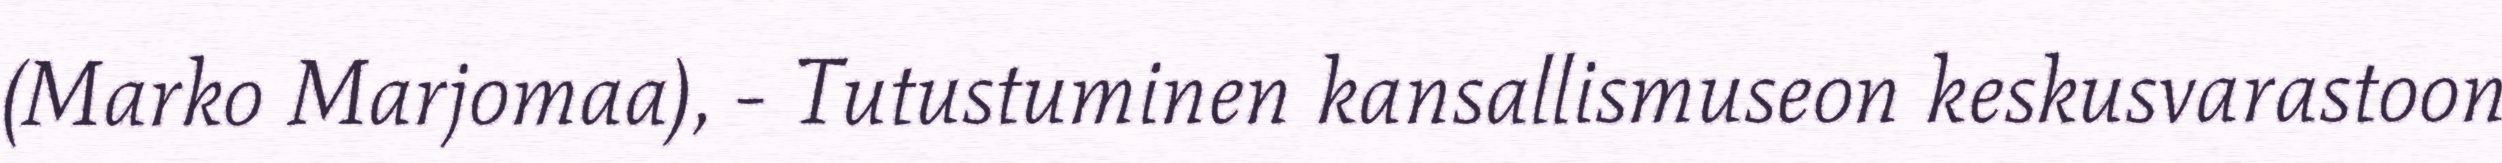
(Marko Marjomaa), - Tutustuminen kansallismuseon keskusvarastoon